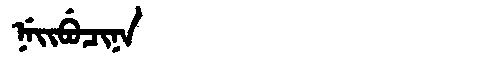
Manchu: ᠨᡝᡳᠪᡠᠴᡳᠨᠠ
Romanization: NEIBUCINA